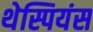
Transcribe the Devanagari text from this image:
थेस्पियंस